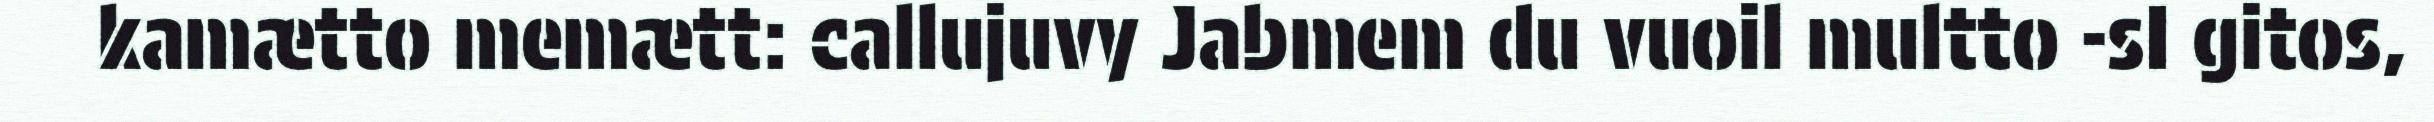
kamætto memætt: callujuvy Jabmem du vuoil multto -sI gitos,